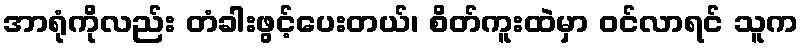
အာရုံကိုလည်း တံခါးဖွင့်ပေးတယ်၊ စိတ်ကူးထဲမှာ ဝင်လာရင် သူက